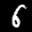
Label: 6